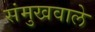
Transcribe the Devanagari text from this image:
संमुखवाले